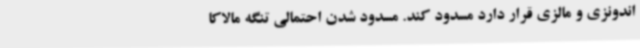
اندونزی و مالزی قرار دارد مسدود کند. مسدود شدن احتمالی تنگه مالاکا